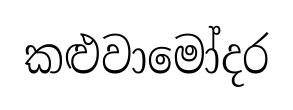
කළුවාමෝදර